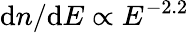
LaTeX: \mathrm{d}n/\mathrm{d}E\propto E^{-2.2}